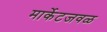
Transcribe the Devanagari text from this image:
मार्केटजवळ